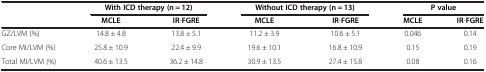
<table><thead><tr><td rowspan="2"><b> </b></td><td colspan="2"><b>With ICD therapy (n = 12)</b></td><td colspan="2"><b>Without ICD therapy (n = 13)</b></td><td colspan="2"><b>P value</b></td></tr><tr><td><b>MCLE</b></td><td><b>IR-FGRE</b></td><td><b>MCLE</b></td><td><b>IR-FGRE</b></td><td><b>MCLE</b></td><td><b>IR-FGRE</b></td></tr></thead><tbody><tr><td>GZ/LVM (%)</td><td>14.8 ± 4.8</td><td>13.8 ± 5.1</td><td>11.2 ± 3.9</td><td>10.6 ± 5.1</td><td>0.046</td><td>0.14</td></tr><tr><td>Core MI/LVM (%)</td><td>25.8 ± 10.9</td><td>22.4 ± 9.9</td><td>19.6 ± 10.1</td><td>16.8 ± 10.9</td><td>0.15</td><td>0.19</td></tr><tr><td>Total MI/LVM (%)</td><td>40.6 ± 13.5</td><td>36.2 ± 14.8</td><td>30.9 ± 13.5</td><td>27.4 ± 15.8</td><td>0.08</td><td>0.16</td></tr></tbody></table>